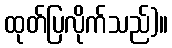
ထုတ်ပြလိုက်သည်)။